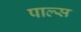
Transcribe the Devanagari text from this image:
पाल्स